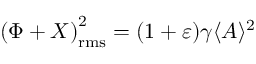
{ ( \Phi + X ) } _ { \mathrm { r m s } } ^ { 2 } = ( 1 + \varepsilon ) \gamma \langle { A } \rangle ^ { 2 }